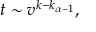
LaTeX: t \sim v ^ { k - k _ { \alpha - 1 } } ,